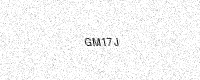
Text: GM17J